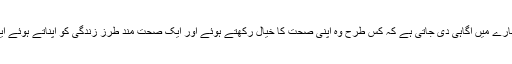
جس دن لوگوں میں خود کا خیال رکھنے کے بارے میں آگاہی دی جاتی ہے کہ کس طرح وہ اپنی صحت کا خیال رکھتے ہوئے اور ایک صحت مند طرز زندگی کو اپناتے ہوئے ایک بہتر صحت مندانہ زندگی گزارسکتے ہیں ۔